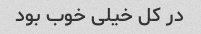
در کل خیلی خوب بود